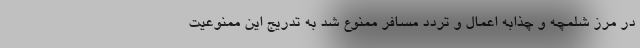
در مرز شلمچه و چذابه اعمال و تردد مسافر ممنوع شد به تدریج این ممنوعیت